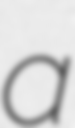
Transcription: a